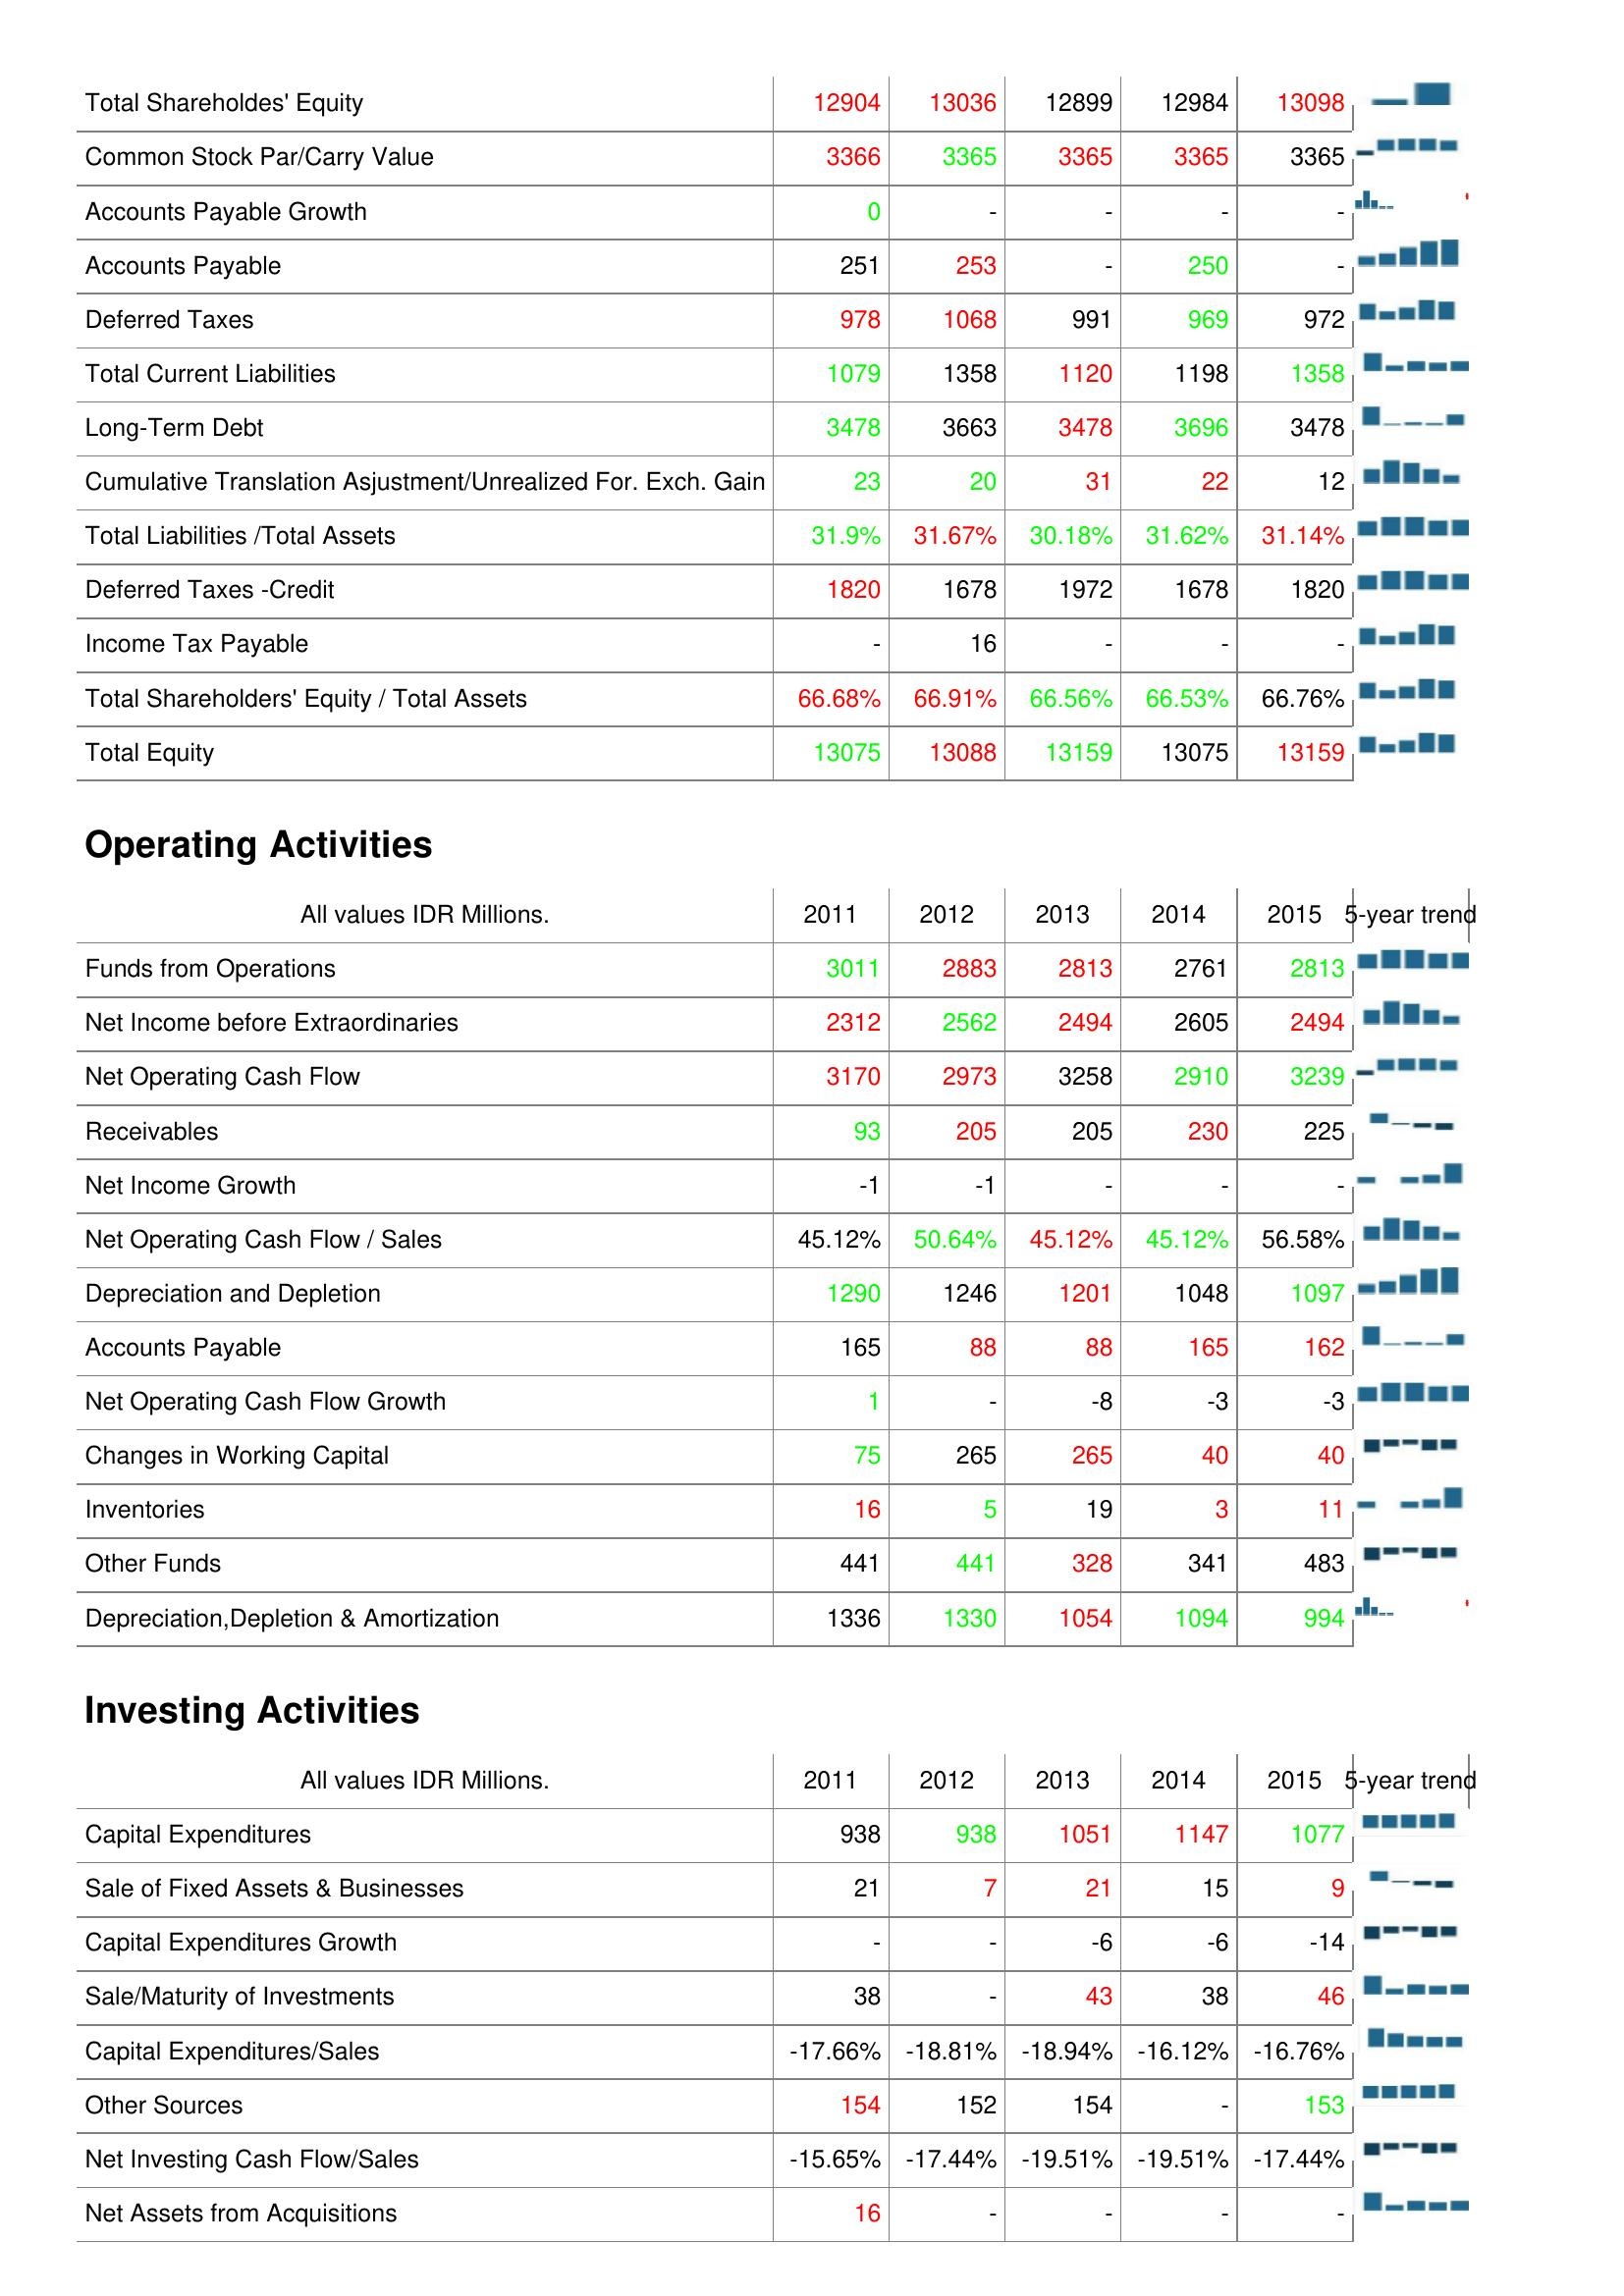
2011: Liabilities & Shareholder's Equity: Total Shareholdes' Equity: 12904
Common Stock Par/Carry Value: 3366
Accounts Payable Growth: 0
Accounts Payable: 251
Deferred Taxes: 978
Total Current Liabilities: 1079
Long-Term Debt: 3478
Cumulative Translation Asjustment/Unrealized For. Exch. Gain: 23
Total Liabilities /Total Assets: 31.9%
Deferred Taxes -Credit: 1820
Income Tax Payable: -
Total Shareholders' Equity / Total Assets: 66.68%
Total Equity: 13075
Operating Activities: Funds from Operations: 3011
Net Income before Extraordinaries: 2312
Net Operating Cash Flow: 3170
Receivables: 93
Net Income Growth: -1
Net Operating Cash Flow / Sales: 45.12%
Depreciation and Depletion: 1290
Accounts Payable: 165
Net Operating Cash Flow Growth: 1
Changes in Working Capital: 75
Inventories: 16
Other Funds: 441
Depreciation,Depletion & Amortization: 1336
Investing Activities: Capital Expenditures: 938
Sale of Fixed Assets & Businesses: 21
Capital Expenditures Growth: -
Sale/Maturity of Investments: 38
Capital Expenditures/Sales: -17.66%
Other Sources: 154
Net Investing Cash Flow/Sales: -15.65%
Net Assets from Acquisitions: 16
2012: Liabilities & Shareholder's Equity: Total Shareholdes' Equity: 13036
Common Stock Par/Carry Value: 3365
Accounts Payable Growth: -
Accounts Payable: 253
Deferred Taxes: 1068
Total Current Liabilities: 1358
Long-Term Debt: 3663
Cumulative Translation Asjustment/Unrealized For. Exch. Gain: 20
Total Liabilities /Total Assets: 31.67%
Deferred Taxes -Credit: 1678
Income Tax Payable: 16
Total Shareholders' Equity / Total Assets: 66.91%
Total Equity: 13088
Operating Activities: Funds from Operations: 2883
Net Income before Extraordinaries: 2562
Net Operating Cash Flow: 2973
Receivables: 205
Net Income Growth: -1
Net Operating Cash Flow / Sales: 50.64%
Depreciation and Depletion: 1246
Accounts Payable: 88
Net Operating Cash Flow Growth: -
Changes in Working Capital: 265
Inventories: 5
Other Funds: 441
Depreciation,Depletion & Amortization: 1330
Investing Activities: Capital Expenditures: 938
Sale of Fixed Assets & Businesses: 7
Capital Expenditures Growth: -
Sale/Maturity of Investments: -
Capital Expenditures/Sales: -18.81%
Other Sources: 152
Net Investing Cash Flow/Sales: -17.44%
Net Assets from Acquisitions: -
2013: Liabilities & Shareholder's Equity: Total Shareholdes' Equity: 12899
Common Stock Par/Carry Value: 3365
Accounts Payable Growth: -
Accounts Payable: -
Deferred Taxes: 991
Total Current Liabilities: 1120
Long-Term Debt: 3478
Cumulative Translation Asjustment/Unrealized For. Exch. Gain: 31
Total Liabilities /Total Assets: 30.18%
Deferred Taxes -Credit: 1972
Income Tax Payable: -
Total Shareholders' Equity / Total Assets: 66.56%
Total Equity: 13159
Operating Activities: Funds from Operations: 2813
Net Income before Extraordinaries: 2494
Net Operating Cash Flow: 3258
Receivables: 205
Net Income Growth: -
Net Operating Cash Flow / Sales: 45.12%
Depreciation and Depletion: 1201
Accounts Payable: 88
Net Operating Cash Flow Growth: -8
Changes in Working Capital: 265
Inventories: 19
Other Funds: 328
Depreciation,Depletion & Amortization: 1054
Investing Activities: Capital Expenditures: 1051
Sale of Fixed Assets & Businesses: 21
Capital Expenditures Growth: -6
Sale/Maturity of Investments: 43
Capital Expenditures/Sales: -18.94%
Other Sources: 154
Net Investing Cash Flow/Sales: -19.51%
Net Assets from Acquisitions: -
2014: Liabilities & Shareholder's Equity: Total Shareholdes' Equity: 12984
Common Stock Par/Carry Value: 3365
Accounts Payable Growth: -
Accounts Payable: 250
Deferred Taxes: 969
Total Current Liabilities: 1198
Long-Term Debt: 3696
Cumulative Translation Asjustment/Unrealized For. Exch. Gain: 22
Total Liabilities /Total Assets: 31.62%
Deferred Taxes -Credit: 1678
Income Tax Payable: -
Total Shareholders' Equity / Total Assets: 66.53%
Total Equity: 13075
Operating Activities: Funds from Operations: 2761
Net Income before Extraordinaries: 2605
Net Operating Cash Flow: 2910
Receivables: 230
Net Income Growth: -
Net Operating Cash Flow / Sales: 45.12%
Depreciation and Depletion: 1048
Accounts Payable: 165
Net Operating Cash Flow Growth: -3
Changes in Working Capital: 40
Inventories: 3
Other Funds: 341
Depreciation,Depletion & Amortization: 1094
Investing Activities: Capital Expenditures: 1147
Sale of Fixed Assets & Businesses: 15
Capital Expenditures Growth: -6
Sale/Maturity of Investments: 38
Capital Expenditures/Sales: -16.12%
Other Sources: -
Net Investing Cash Flow/Sales: -19.51%
Net Assets from Acquisitions: -
2015: Liabilities & Shareholder's Equity: Total Shareholdes' Equity: 13098
Common Stock Par/Carry Value: 3365
Accounts Payable Growth: -
Accounts Payable: -
Deferred Taxes: 972
Total Current Liabilities: 1358
Long-Term Debt: 3478
Cumulative Translation Asjustment/Unrealized For. Exch. Gain: 12
Total Liabilities /Total Assets: 31.14%
Deferred Taxes -Credit: 1820
Income Tax Payable: -
Total Shareholders' Equity / Total Assets: 66.76%
Total Equity: 13159
Operating Activities: Funds from Operations: 2813
Net Income before Extraordinaries: 2494
Net Operating Cash Flow: 3239
Receivables: 225
Net Income Growth: -
Net Operating Cash Flow / Sales: 56.58%
Depreciation and Depletion: 1097
Accounts Payable: 162
Net Operating Cash Flow Growth: -3
Changes in Working Capital: 40
Inventories: 11
Other Funds: 483
Depreciation,Depletion & Amortization: 994
Investing Activities: Capital Expenditures: 1077
Sale of Fixed Assets & Businesses: 9
Capital Expenditures Growth: -14
Sale/Maturity of Investments: 46
Capital Expenditures/Sales: -16.76%
Other Sources: 153
Net Investing Cash Flow/Sales: -17.44%
Net Assets from Acquisitions: -